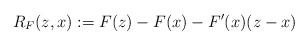
LaTeX: \begin{align*} R_{F}(z,x) := F(z) - F(x) - F'(x)(z-x) \end{align*}